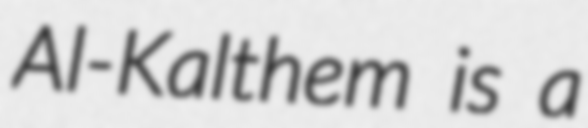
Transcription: Al-Kalthem is a